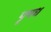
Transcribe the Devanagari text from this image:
पृषध